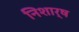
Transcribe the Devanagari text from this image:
निशार्ष